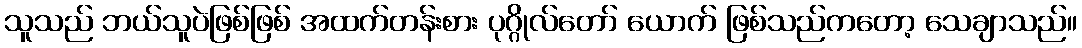
သူသည် ဘယ်သူပဲဖြစ်ဖြစ် အထက်တန်းစား ပုဂ္ဂိုလ်တော် ယောက် ဖြစ်သည်ကတော့ သေချာသည်။